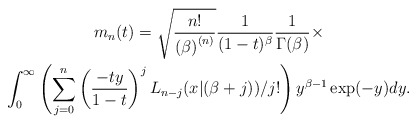
\begin{gather*}m_{n}(t)=\allowbreak \sqrt{\frac{n!}{\left( \beta \right) ^{\left( n\right) }}}\frac{1}{(1-t)^{\beta }}\frac{1}{\Gamma (\beta )}\times \\\int_{0}^{\infty }\left( \sum_{j=0}^{n}\left( \frac{-ty}{1-t}\right)^{j}L_{n-j}(x|(\beta +j))/j!\right) y^{\beta -1}\exp (-y)dy.\end{gather*}